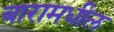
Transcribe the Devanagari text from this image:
बारामधील